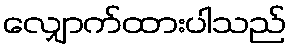
လျှောက်ထားပါသည်